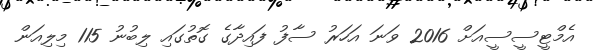
އެމްޓީސީސީއަށް 2016 ވަނަ އަހަރު ސާފު ފައިދާގެ ގޮތުގައި ލިބުނު 115 މިލިއަން